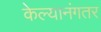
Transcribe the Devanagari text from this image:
केल्यानंगतर